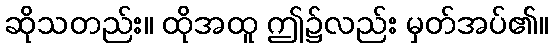
ဆိုသတည်း။ ထိုအထူ ဤ၌လည်း မှတ်အပ်၏။